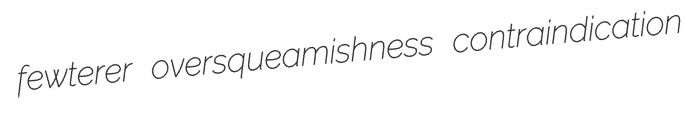
fewterer oversqueamishness contraindication